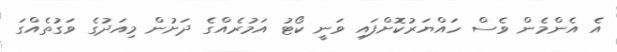
އެ އެންމެން ވެސް ހައްޔަރުކޮށްފައި ވަނީ ކޯޓު އަމުރެއްގެ ދަށުން މިއަދުގެ ވަގުތެއްގަ